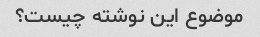
موضوع این نوشته چیست؟